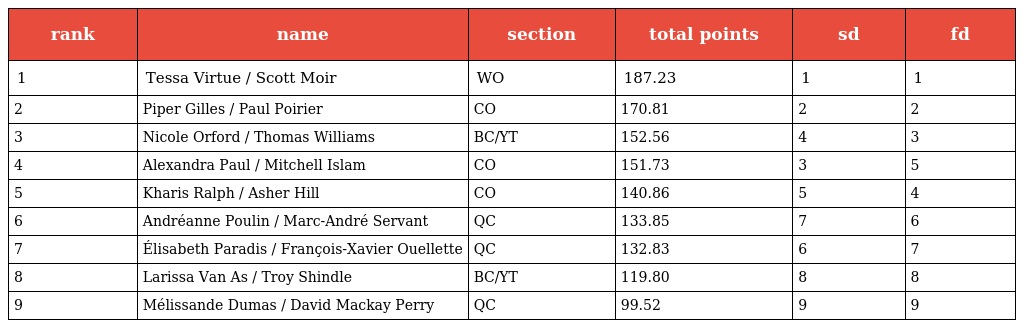
| rank | name | section | total points | sd | fd |
 | --- | --- | --- | --- | --- | --- |
 | 1 | Tessa Virtue / Scott Moir | WO | 187.23 | 1 | 1 |
 | 2 | Piper Gilles / Paul Poirier | CO | 170.81 | 2 | 2 |
 | 3 | Nicole Orford / Thomas Williams | BC/YT | 152.56 | 4 | 3 |
 | 4 | Alexandra Paul / Mitchell Islam | CO | 151.73 | 3 | 5 |
 | 5 | Kharis Ralph / Asher Hill | CO | 140.86 | 5 | 4 |
 | 6 | Andréanne Poulin / Marc-André Servant | QC | 133.85 | 7 | 6 |
 | 7 | Élisabeth Paradis / François-Xavier Ouellette | QC | 132.83 | 6 | 7 |
 | 8 | Larissa Van As / Troy Shindle | BC/YT | 119.80 | 8 | 8 |
 | 9 | Mélissande Dumas / David Mackay Perry | QC | 99.52 | 9 | 9 |